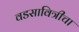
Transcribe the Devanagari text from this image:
वडसावित्रीचा